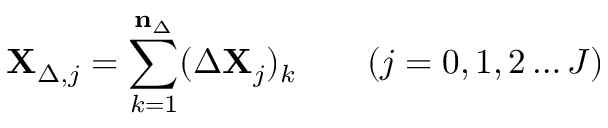
\mathbf { X } _ { \Delta , j } = \sum _ { k = 1 } ^ { \mathbf { n } _ { \Delta } } ( \Delta \mathbf { X } _ { j } ) _ { k } \qquad ( j = 0 , 1 , 2 \dots J )